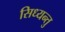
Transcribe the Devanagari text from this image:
सिध्यन्तु